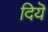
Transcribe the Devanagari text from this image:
दियॆ